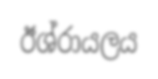
ඊශ්රායලය